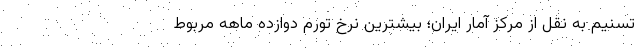
تسنیم به نقل از مرکز آمار ایران؛ بیشترین نرخ تورم دوازده ماهه مربوط